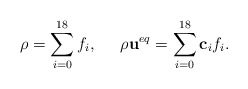
\begin{align*}\rho = \sum\limits_{i = 0}^{18} {{f_i}} ,\;\;\;\;\;\rho {{\bf{u}}^{eq}} = \sum\limits_{i = 0}^{18} {{{\bf{c}}_i}{f_i}} .\end{align*}